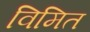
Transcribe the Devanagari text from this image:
विमित